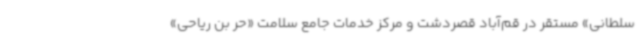
سلطانی» مستقر در قم‌آباد قصردشت و مرکز خدمات جامع سلامت «حر بن ریاحی»